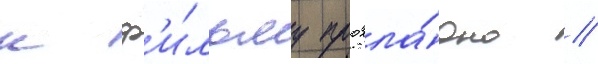
к ф'и́льму прохла́дно /